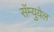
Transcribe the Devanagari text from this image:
सॅम्युयेल